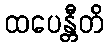
ထပေန္တီတိ